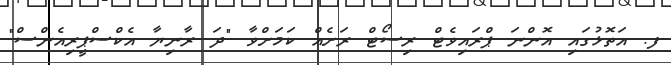
ފ. އަތޮޅުގައި އޮންނަ ޕްރައިވެޓް ރިސޯޓް ރަށެއް ކަމަށްވާ "ދަ ރާނިޔާ އެކްސްޕީރިއެންސް"